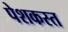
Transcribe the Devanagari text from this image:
पेशकस्त